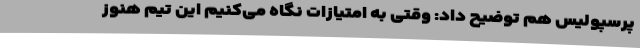
پرسپولیس هم ‌توضیح داد: وقتی به امتیازات نگاه می‌کنیم این تیم هنوز